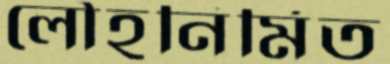
লৌহনির্মিত